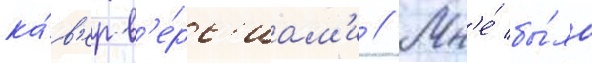
ка́в'ер-в'е́рс'иам'и // Мн'е́ бы́ло